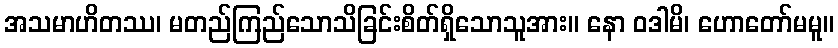
အသမာဟိတဿ၊ မတည်ကြည်သောသိခြင်းစိတ်ရှိသောသူအား။ နော ဝဒါမိ၊ ဟောတော်မမူ။